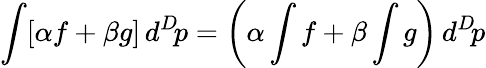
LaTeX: \int[\alpha f+\beta g]\, d^{D}\! p=\left(\alpha\int f+\beta\int g\right)\, d^{D}\! p